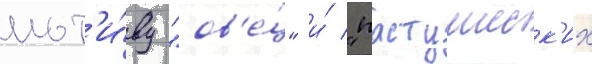
мот'и́ву "ов'е́ц" и́ "пастушеск'их